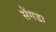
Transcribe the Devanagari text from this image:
सेंगडा